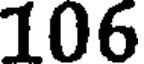
106